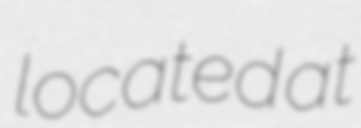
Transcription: located at